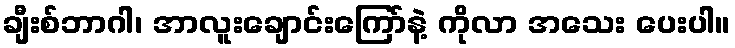
ချီးစ်ဘာဂါ၊ အာလူးချောင်းကြော်နဲ့ ကိုလာ အသေး ပေးပါ။